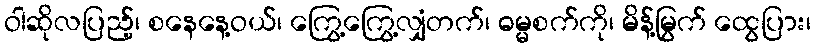
ဝါဆိုလပြည့်၊ စနေနေ့ဝယ်၊ ကြွေ့ကြွေ့လျှံတက်၊ ဓမ္မစက်ကို၊ မိန့်မြွက် ထွေပြား၊